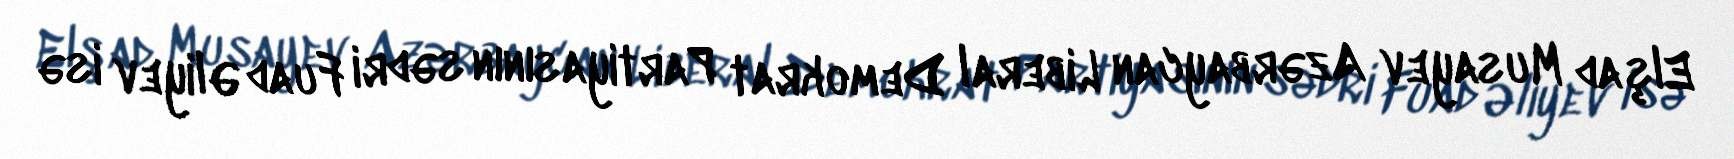
Elşad Musayev Azərbaycan Liberal Demokrat Partiyasının sədri Fuad Əliyev isə